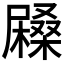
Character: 𡳨